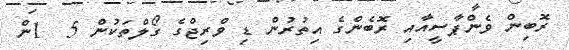
ރޮބިން ވެންޕާސީއާއި ރޮބެންގެ އިތުރުން ޑި ވްރިޖްގެ ގޯލްތަކުން 5  1ން